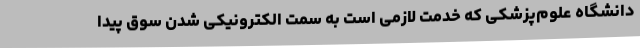
دانشگاه علوم‌پزشکی که خدمت لازمی است به سمت الکترونیکی شدن سوق پیدا